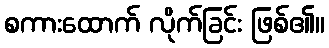
စကားထောက် လိုက်ခြင်း ဖြစ်၏။